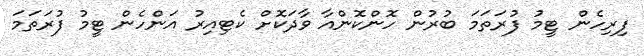
ފިރިހެން ޓީމު ފުރަތަމަ ބުރުން ހޮންކޮންއާ ވާދަކޮށް ކެޓިއިރު އަންހެން ޓީމު ފުރަތަމަ